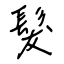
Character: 髮